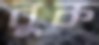
বুক